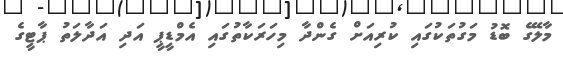
މާލޭގެ ބޮޑު މަގުތަކުގައި ކުރިއަށް ގެންދާ މިހަރަކާތުގައި އެމްޑީޕީ އަދި އަދާލަތު ޕާޓީގެ